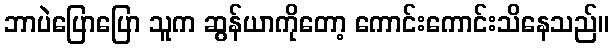
ဘာပဲပြောပြော သူက ဆွန်ယာကိုတော့ ကောင်းကောင်းသိနေသည်။